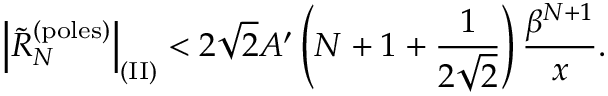
\left| \widetilde R _ { N } ^ { \mathrm { ( p o l e s ) } } \right| _ { \mathrm { ( I I ) } } < 2 \sqrt { 2 } A ^ { \prime } \left( N + 1 + { \frac { 1 } { 2 \sqrt { 2 } } } \right) { \frac { \beta ^ { N + 1 } } { x } } .